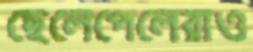
ছেলেপেলেরাও